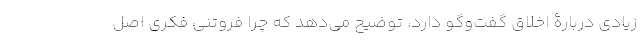
زیادی دربارۀ اخلاق گفت‌وگو دارد، توضیح می‌دهد که چرا فروتنی فکری اصل